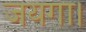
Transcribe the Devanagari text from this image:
जयगा।